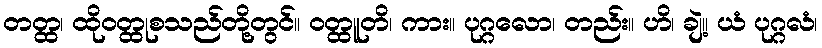
တတ္ထ၊ ထိုဝတ္ထုစသည်တို့တွင်။ ဝတ္ထူတိ၊ ကား။ ပုဂ္ဂလော၊ တည်း။ ဟိ၊ ချဲ့။ ယံ ပုဂ္ဂလံ၊